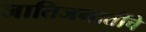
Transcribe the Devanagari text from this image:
जातिजमातींचे